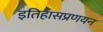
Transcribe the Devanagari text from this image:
इतिहासप्रणयन